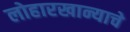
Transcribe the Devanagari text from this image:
लोहारखान्याचे